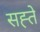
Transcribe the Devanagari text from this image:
सह्ते